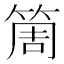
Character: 𥮐